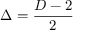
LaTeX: \Delta = { \frac { D - 2 } { 2 } }